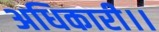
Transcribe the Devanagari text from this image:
अधिकारी।।